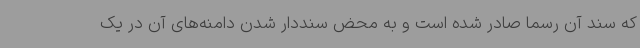
که سند آن رسما صادر شده است و به محض سنددار شدن دامنه‌های آن در یک